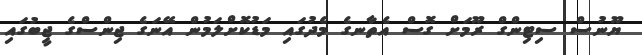
ޔޫނުސް ސިޓިންގް ރޫމަށް ގޮސް އެތާނގެ މެދުގައި މަޑުކޮށްލަމުން އޭނަގެ ޖިންސްގެ ޖީބުގައި